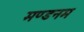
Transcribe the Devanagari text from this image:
मण्‍डनम